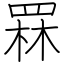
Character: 罧